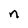
Character: n